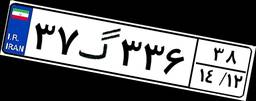
۳۷گ۳۳۶۳۸